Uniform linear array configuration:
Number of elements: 4
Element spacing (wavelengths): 0.25
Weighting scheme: hann
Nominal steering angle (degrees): -60
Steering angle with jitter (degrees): -58.368
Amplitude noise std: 0.05
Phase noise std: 0.05

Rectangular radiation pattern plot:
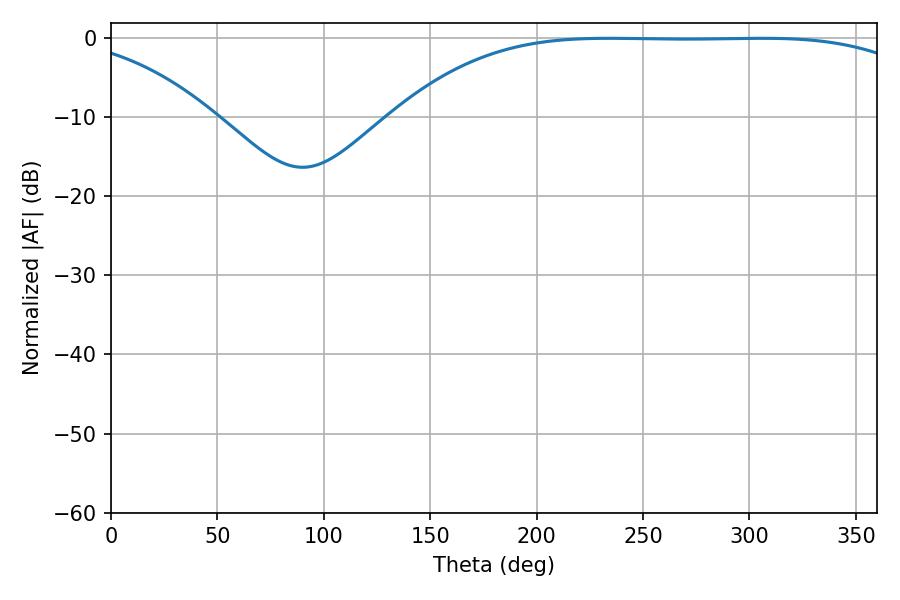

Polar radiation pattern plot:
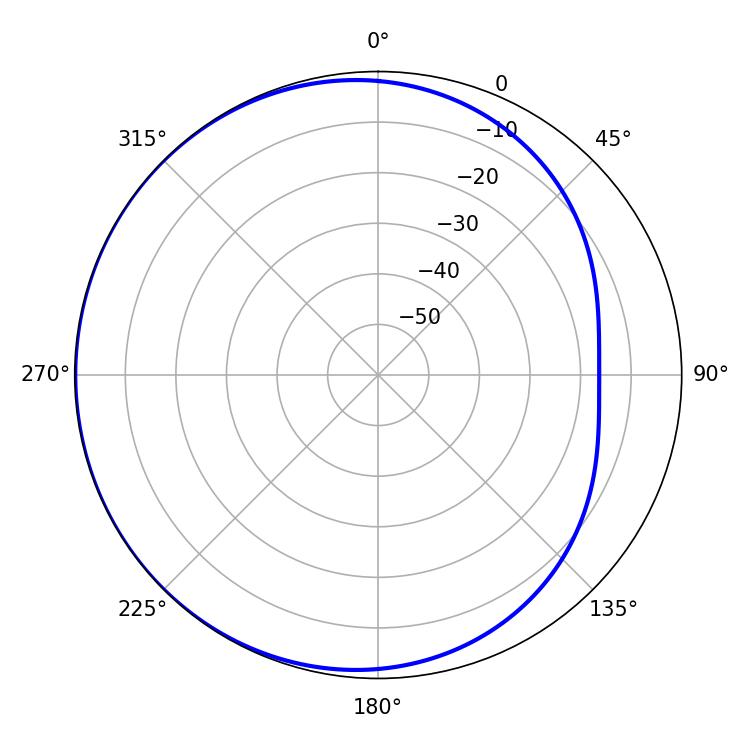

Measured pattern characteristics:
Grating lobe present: FALSE
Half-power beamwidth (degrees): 190.98
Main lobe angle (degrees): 233.82